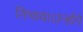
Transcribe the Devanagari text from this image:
निभाया।उन्होंने